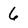
Character: 6